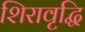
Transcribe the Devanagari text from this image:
शिरावृद्धि